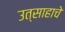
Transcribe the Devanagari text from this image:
उत्साहाचे